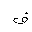
Letter: _fa